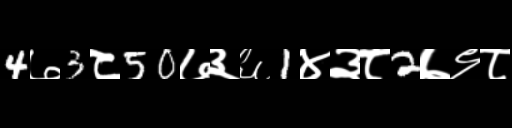
Text: 4७3८50७३६1४३८2७९८